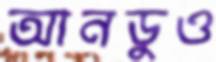
আনডুও